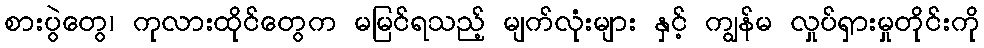
စားပွဲတွေ၊ ကုလားထိုင်တွေက မမြင်ရသည့် မျက်လုံးများ နှင့် ကျွန်မ လှုပ်ရှားမှုတိုင်းကို